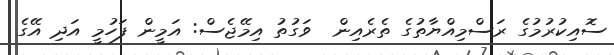
ސޮއިކުރުމުގެ ރަސްމިއްޔާތުގެ ތެރެއިން  ވަގުތު އިމޭޖެސް: އަމީން ފަހުމީ އަދި އޭގެ